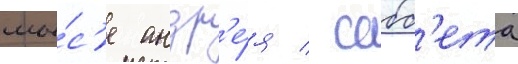
мы́с'е андр'е́я / сабб'ета